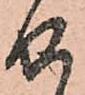
せ